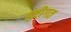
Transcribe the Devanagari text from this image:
दृष्टीगत